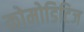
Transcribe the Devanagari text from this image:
कोमोडिटिज